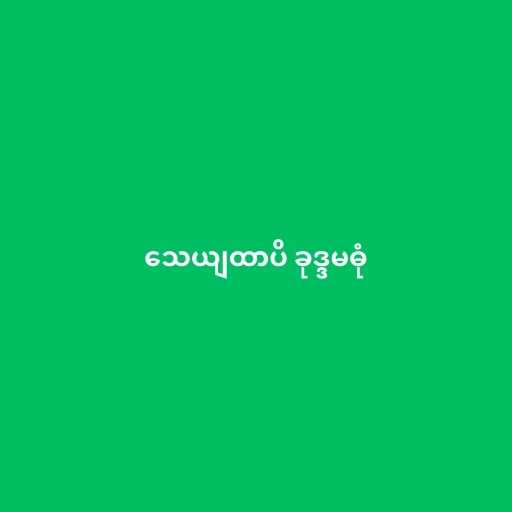
သေယျထာပိ ခုဒ္ဒမဓုံ